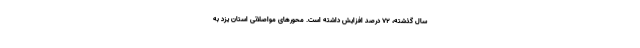
سال گذشته، ۷۲ درصد افزایش داشته است. محورهای مواصلاتی استان یزد به